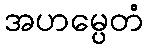
အဟမ္ပေတံ